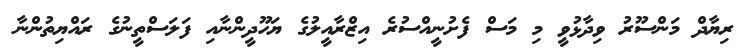
ރިޔާދް މަންސޫރު ވިދާޅުވީ މި މަސް ފެށުނީއްސުރެ އިޒްރާއީލުގެ ޔަހޫދީންނާއި ފަލަސްތީނުގެ ރައްޔިތުންނާ